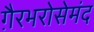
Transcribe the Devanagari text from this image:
ग़ैरभरोसेमंद